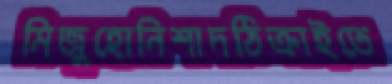
মিজুহোনিশাদঠিক্‌রাইতে